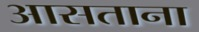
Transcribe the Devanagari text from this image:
आसताना